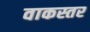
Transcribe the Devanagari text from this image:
वाकस्तर